画像に写った文字を読んでください
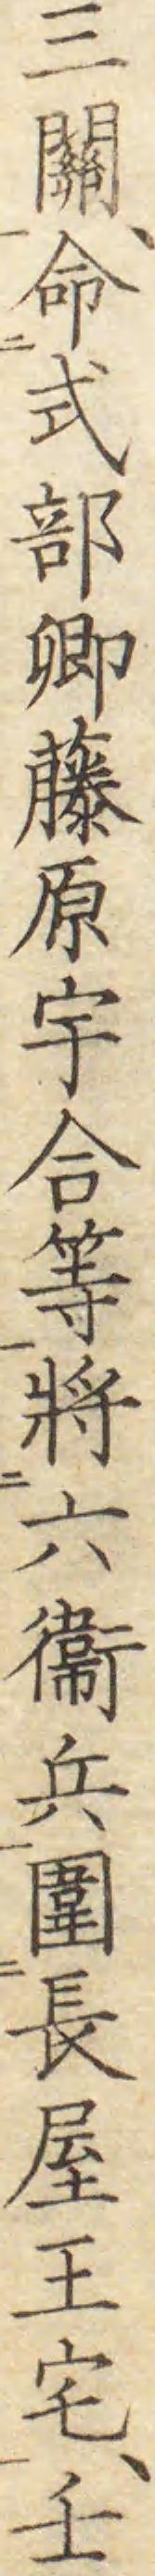
「三關、命式部卿藤原宇合等將六衞兵圍長屋王宅、壬」と書いてあります